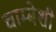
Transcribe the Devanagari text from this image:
चाम्बेशी